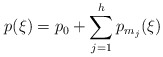
\begin{align*}p(\xi)=p_0+\sum_{j=1}^h p_{m_j}(\xi)\end{align*}